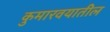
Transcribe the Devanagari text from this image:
कुमारवयातील